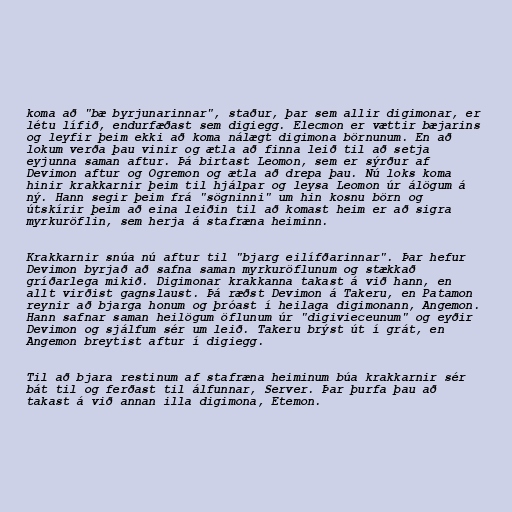
koma að "bæ byrjunarinnar", staður, þar sem allir digimonar, er
létu lífið, endurfæðast sem digiegg. Elecmon er vættir bæjarins
og leyfir þeim ekki að koma nálægt digimona börnunum. En að
lokum verða þau vinir og ætla að finna leið til að setja
eyjunna saman aftur. Þá birtast Leomon, sem er sýrður af
Devimon aftur og Ogremon og ætla að drepa þau. Nú loks koma
hinir krakkarnir þeim til hjálpar og leysa Leomon úr álögum á
ný. Hann segir þeim frá "sögninni" um hin kosnu börn og
útskírir þeim að eina leiðin til að komast heim er að sigra
myrkuröflin, sem herja á stafræna heiminn.

Krakkarnir snúa nú aftur til "bjarg eilífðarinnar". Þar hefur
Devimon byrjað að safna saman myrkuröflunum og stækkað
gríðarlega mikið. Digimonar krakkanna takast á við hann, en
allt virðist gagnslaust. Þá ræðst Devimon á Takeru, en Patamon
reynir að bjarga honum og þróast í heilaga digimonann, Angemon.
Hann safnar saman heilögum öflunum úr "digivieceunum" og eyðir
Devimon og sjálfum sér um leið. Takeru brýst út í grát, en
Angemon breytist aftur í digiegg.

Til að bjara restinum af stafræna heiminum búa krakkarnir sér
bát til og ferðast til álfunnar, Server. Þar þurfa þau að
takast á við annan illa digimona, Etemon.